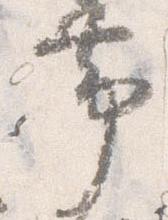
帯